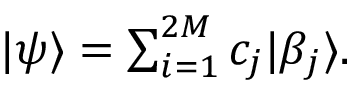
\begin{array} { r } { | \psi \rangle = \sum _ { i = 1 } ^ { 2 M } c _ { j } | \beta _ { j } \rangle . } \end{array}